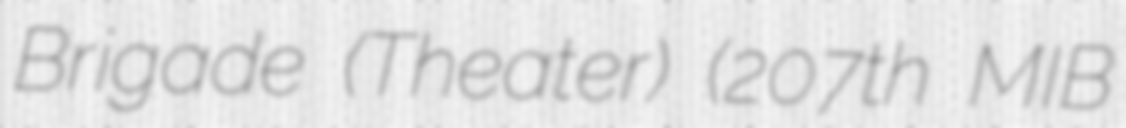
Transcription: Brigade (Theater) (207th MIB